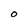
Character: O